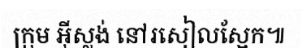
ក្រុម អ៊ីស្លង់ នៅរសៀលស្អែក៕